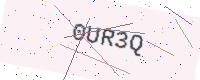
Text: 0UR3Q